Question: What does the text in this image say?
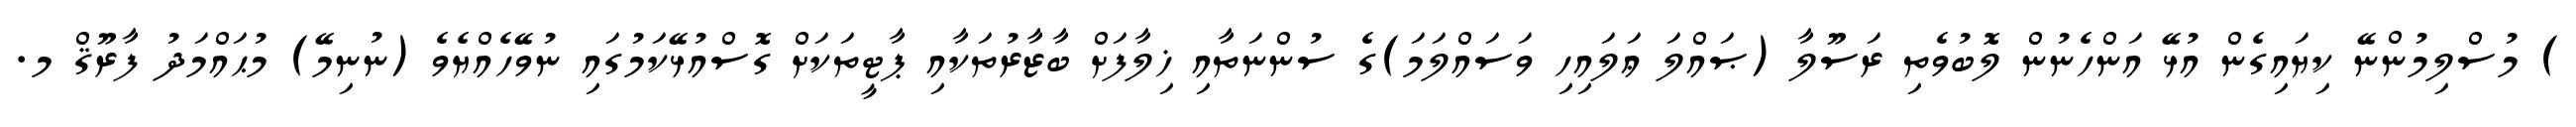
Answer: ) މުސްލިމުންނޭ ކިޔައިގެން އުޅޭ އަންހެނުން ލޮބުވެތި ރަސޫލާ (ޞައްލަ ޢަލައިހި ވަސައްލަމަ)ގެ ސުންނަތާއި ޚިލާފަށް ބާޒާރުތަކާއި ޕާޓީތަކަށް ގޮސްއުޅޭކަމުގައި ނުވޭހެއްޔެވެ (ނުނިމޭ) މުޙައްމަދު ފާރޫޤް މ.